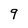
Character: q